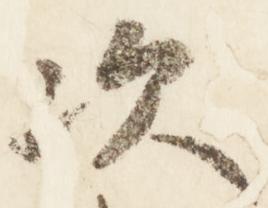
次